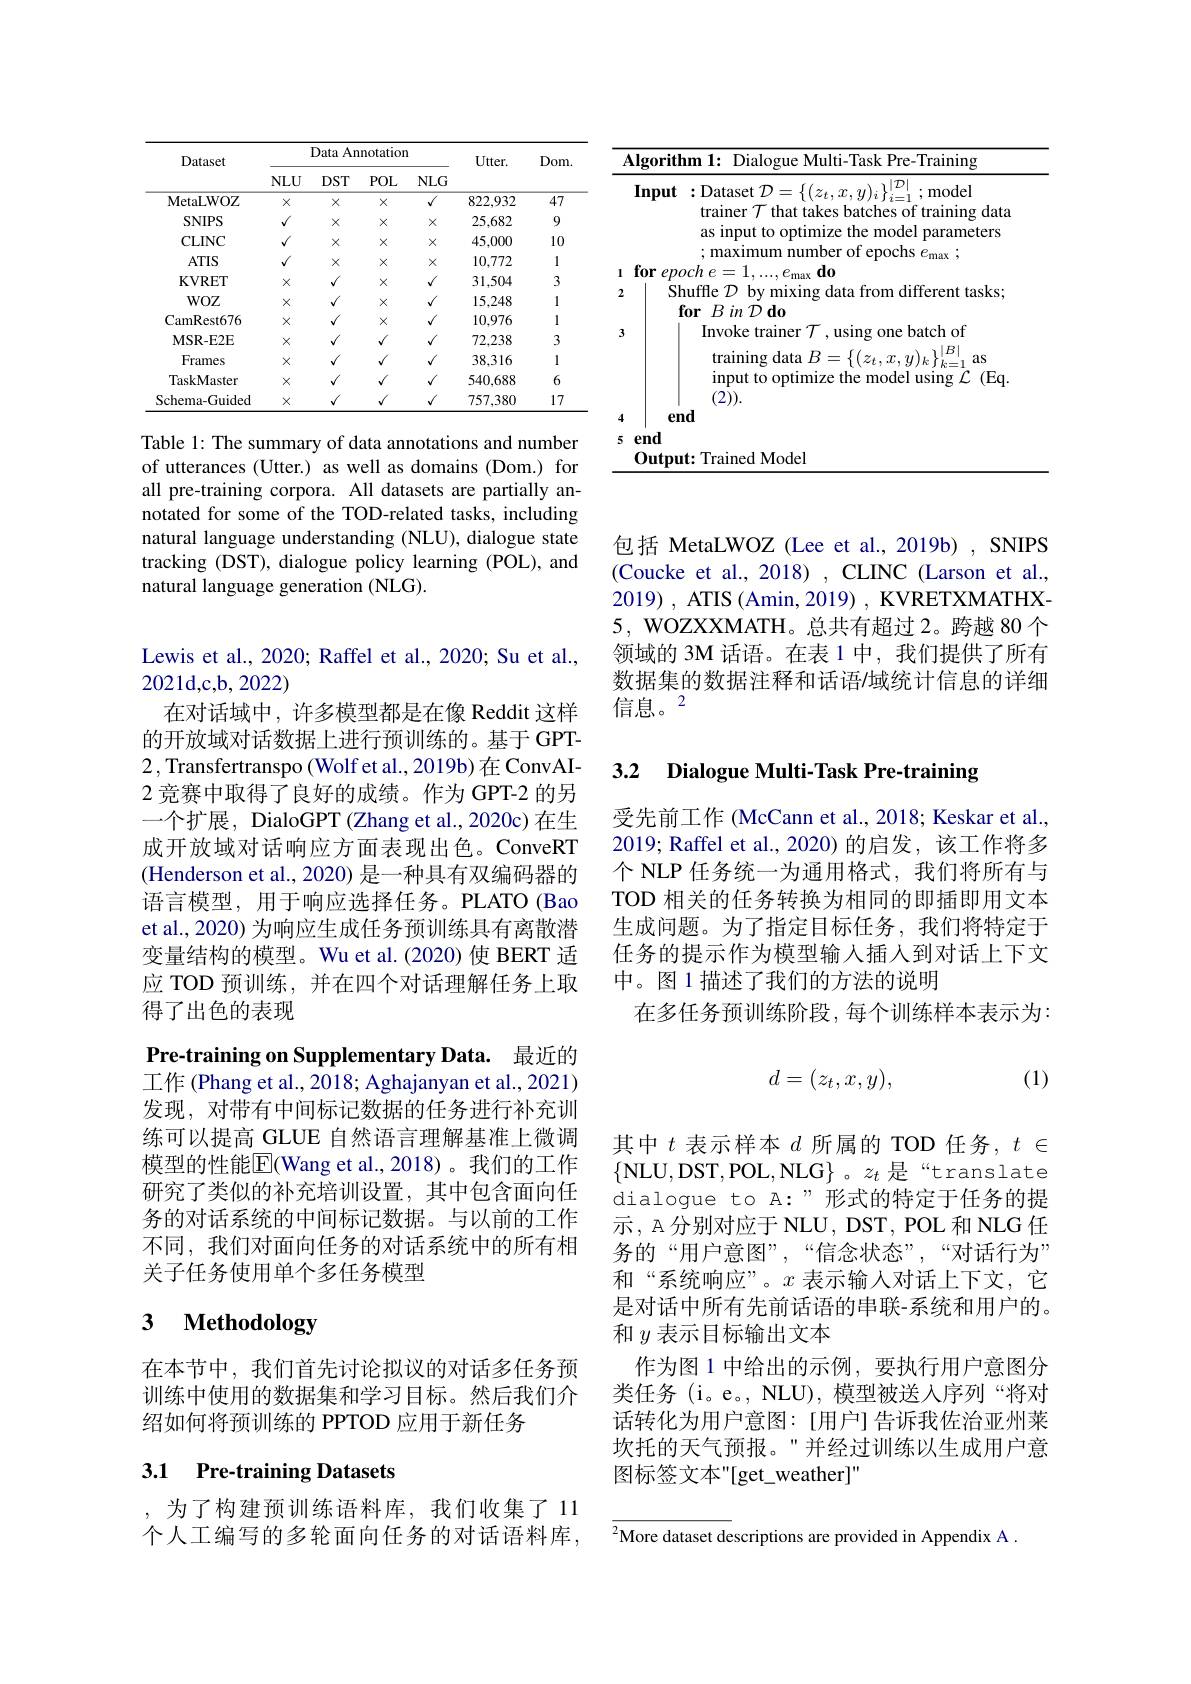
<table>
	<tbody>
		<tr>
			<th>Algoritt</th>
			<th>thm 1: Dialogue Multi-Task Pre-Training</th>
		</tr>
		<tr>
			<th>Input</th>
			<th>$\overline{:\mathrm{Dataset~}\mathcal{D}=\{(z_{t},x,y)_{i}\}_{i=1}^{|\mathcal{D}|};\mathrm{model}}$ trainer $\mathcal{T}$ that takes batches of training data as input to optimize the model parameters m mumher of enochs</th>
		</tr>
		<tr>
			<td>for 1 epc</td>
			<td>och $e=$ : $L.$ 111 $=max$ $\mathbf{d}\hat{0}$</td>
		</tr>
		<tr>
			<td>$Sk$ 2 $\textbf{f}$</td>
			<td>Shuffle $\mathcal{D}$ by mixing data from different tasks; $\textbf{for}BinD\textbf{do}$</td>
		</tr>
		<tr>
			<td>3 4 $en$</td>
			<td>Invoke trainer $\mathcal{T}$,using one batch of training data $B=\{(z_t,x,y)_k\}_{k=1}^{|B|}$ as input to optimize the model using $\mathcal{L}$ (Eq (2)). $nd$</td>
		</tr>
		<tr>
			<td>5 end $0utpu$</td>
			<td>$\mathbf{ut:TrainedModel}$</td>
		</tr>
	</tbody>
</table>

<table>
	<tbody>
		<tr>
			<th rowspan="2">Dataset</th>
			<th colspan="4">Data Annotation</th>
			<th rowspan="2">$Utter.$</th>
			<th rowspan="2">Dom</th>
		</tr>
		<tr>
			<th>$NLU$</th>
			<th>$DST$</th>
			<th>$POL$</th>
			<th>$NLG$</th>
		</tr>
		<tr>
			<td>MetaLWOZ</td>
			<td>$X$</td>
			<td>$X$</td>
			<td>$X$</td>
			<td>$√$</td>
			<td>822,932</td>
			<td>47</td>
		</tr>
		<tr>
			<td>SNIPS</td>
			<td>$√$</td>
			<td>$X$</td>
			<td>$X$</td>
			<td>$X$</td>
			<td>25,682</td>
			<td>9</td>
		</tr>
		<tr>
			<td>CLINC</td>
			<td>$√$</td>
			<td>$X$</td>
			<td>$X$</td>
			<td>$X$</td>
			<td>45,000</td>
			<td>10</td>
		</tr>
		<tr>
			<td>$ATIS$</td>
			<td>$√$</td>
			<td>$X$</td>
			<td>$X$</td>
			<td>$X$</td>
			<td>10,772</td>
			<td>1</td>
		</tr>
		<tr>
			<td>$\mathbf{KVRET}$</td>
			<td>$X$</td>
			<td>$√$</td>
			<td>$X$</td>
			<td>$√$</td>
			<td>31,504</td>
			<td>3</td>
		</tr>
		<tr>
			<td>$WOZ$</td>
			<td>$X$</td>
			<td>$√$</td>
			<td>$X$</td>
			<td>$√$</td>
			<td>15,248</td>
			<td>1</td>
		</tr>
		<tr>
			<td>CamRest676</td>
			<td>$X$</td>
			<td>$√$</td>
			<td>$X$</td>
			<td>$√$</td>
			<td>10,976</td>
			<td>1</td>
		</tr>
		<tr>
			<td>$\mathbf{MSR-E2E}$</td>
			<td>$X$</td>
			<td>$√$</td>
			<td>$√$</td>
			<td>$√$</td>
			<td>72,238</td>
			<td>3</td>
		</tr>
		<tr>
			<td>Frames</td>
			<td>$X$</td>
			<td>$√$</td>
			<td>$√$</td>
			<td>$√$</td>
			<td>38,316</td>
			<td>1</td>
		</tr>
		<tr>
			<td>TaskMaster</td>
			<td>$X$</td>
			<td>$√$</td>
			<td>$√$</td>
			<td>$√$</td>
			<td>540,688</td>
			<td>6</td>
		</tr>
		<tr>
			<td>Schema-Guided</td>
			<td>$X$</td>
			<td>$√$</td>
			<td>$√$</td>
			<td>$√$</td>
			<td>757,380</td>
			<td>17</td>
		</tr>
	</tbody>
</table>

Table 1: The summary of data annotations and number of utterances (Utter.) as well as domains (Dom.) for all pre-training corpora. All datasets are partially annotated for some of the TOD-related tasks, including natural language understanding (NLU), dialogue state tracking (DST), dialogue policy learning (POL), and natural language generation (NLG).

Lewis et al., 2020; Raffel et al., 2020; Su et al.,
$2021d,c,b,2022)$
在对话域中，许多模型都是在像 Reddit 这样的开放域对话数据上进行预训练的。基于 GPT- 2, Transfertranspo (Wolf et al., 2019b)在 ConvAI- 2 竞赛中取得了良好的成绩。作为 GPT-2 的另一个扩展，DialoGPT (Zhang et al., 2020c) 在生成开放域对话响应方面表现出色。ConveRT (Henderson et al., 2020) 是一种具有双编码器的语言模型，用于响应选择任务。PLATO(Bao et al., 2020) 为响应生成任务预训练具有离散潜变量结构的模型。Wu et al.(2020) 使 BERT 适应 TOD 预训练，并在四个对话理解任务上取得了出色的表现
Pre-training on Supplementary Data. 最近的工作 (Phang et al., 2018; Aghajanyan et al., 2021) 发现，对带有中间标记数据的任务进行补充训练可以提高 GLUE 自然语言理解基准上微调模型的性能$\overline{\mathrm{E}}($Wang et al.,2018)。我们的工作研究了类似的补充培训设置，其中包含面向任务的对话系统的中间标记数据。与以前的工作不同，我们对面向任务的对话系统中的所有相关子任务使用单个多任务模型
3 Methodology

在本节中，我们首先讨论拟议的对话多任务预训练中使用的数据集和学习目标。然后我们介绍如何将预训练的 PPTOD 应用于新任务

## 3.1 Pre-training Datasets

,为了构建预训练语料库，我们收集了11个人工编写的多轮面向任务的对话语料库，

包括 MetaLWOZ (Lee et al., 2019b) , SNIPS (Coucke et al., 2018) , CLINC (Larson et al., 2019) , ATIS ( Amin, 2019) , KVRETXMATHX- 5, WOZXXMATH。总共有超过 2。跨越 80 个领域的 3M 话语。在表 1 中，我们提供了所有数据集的数据注释和话语/域统计信息的详细信息。2

### 3.2 $\textbf{Dialogue Multi- Task Pre- training}$

受先前工作 (McCann et al., 2018; Keskar et al., 2019; Raffel et al.,2020)的启发，该工作将多个 NLP 任务统一为通用格式，我们将所有与TOD 相关的任务转换为相同的即插即用文本生成问题。为了指定目标任务，我们将特定于任务的提示作为模型输入插人到对话上下文中。图 1 描述了我们的方法的说明
在多任务预训练阶段，每个训练样本表示为：
$$d=(z_t,x,y),$$
(1)

其中$t$表示样本$d$所属的 TOD 任务，$t\in$ $\{$NLU,DST,POL,NLG$\}$。$z_t$是“translate dialogue to A:”形式的特定于任务的提示，A 分别对应于 NLU, DST, POL 和 NLG 任务的“用户意图”,“信念状态”,“对话行为” 和“系统响应”。$x$表示输入对话上下文，它是对话中所有先前话语的串联-系统和用户的。和$y$表示目标输出文本
作为图 1 中给出的示例，要执行用户意图分类任务(i。e。, NLU), 模型被送入序列“将对话转化为用户意图：[用户]告诉我佐治亚州莱坎托的天气预报。”并经过训练以生成用户意图标签文本"[get$\_weather]"$

${\overline{\text{More dataset descriptions are provided in Appendix A}}}.$